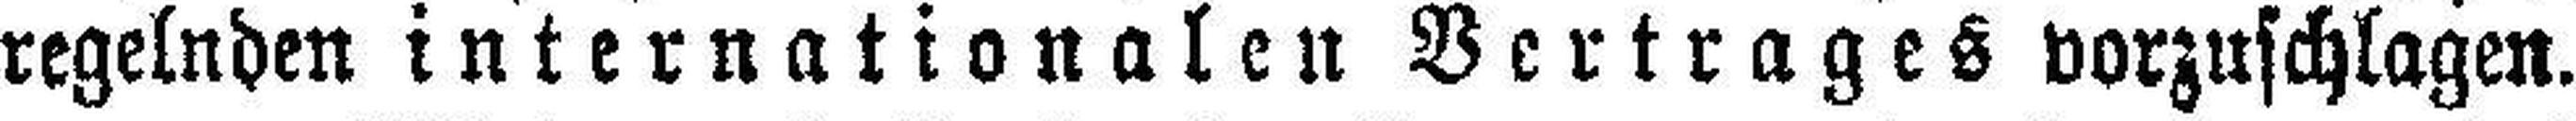
regelnden internationalen Vertrages vorzuschlagen.